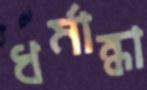
ধর্মান্ধা